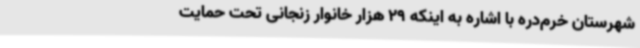
شهرستان خرم‌دره با اشاره به اینکه 29 هزار خانوار زنجانی تحت حمایت